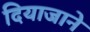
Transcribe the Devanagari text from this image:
दियाजाने